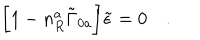
LaTeX: \biggl [ 1 - n _ { R } ^ { a } \tilde { \Gamma } _ { 0 a } \biggr ] \tilde { \epsilon } = 0 \quad .